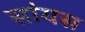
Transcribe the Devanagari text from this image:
सांयस